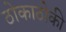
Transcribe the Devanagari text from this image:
ठोकाठोकी